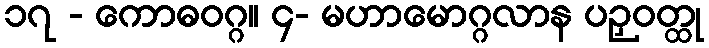
၁၇ - ကောဓဝဂ္ဂ။ ၄- မဟာမောဂ္ဂလာန ပဉှဝတ္ထု